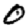
Digit: 0